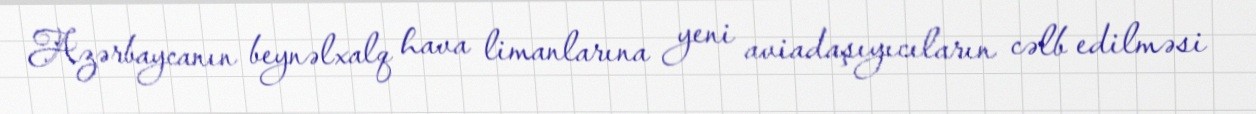
Azərbaycanın beynəlxalq hava limanlarına yeni aviadaşıyıcıların cəlb edilməsi